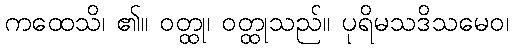
ကထေသိ၊ ၏။ ဝတ္ထု၊ ဝတ္ထုသည်။ ပုရိမသဒိသမေဝ၊